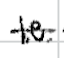
Text: i.e.
Cross-out: single-line
Writing tool: digital_black